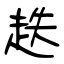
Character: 趃